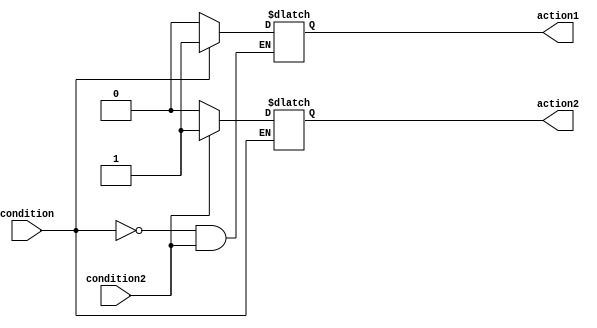
module if_else_block (
    input wire condition,
    input wire condition2,
    output reg action1,
    output reg action2
);

always @ (*) begin
    if (condition) begin
        action1 <= 1;
    end else if (condition2) begin
        action2 <= 1;
    end else begin
        action1 <= 0;
        action2 <= 0;
    end
end

endmodule